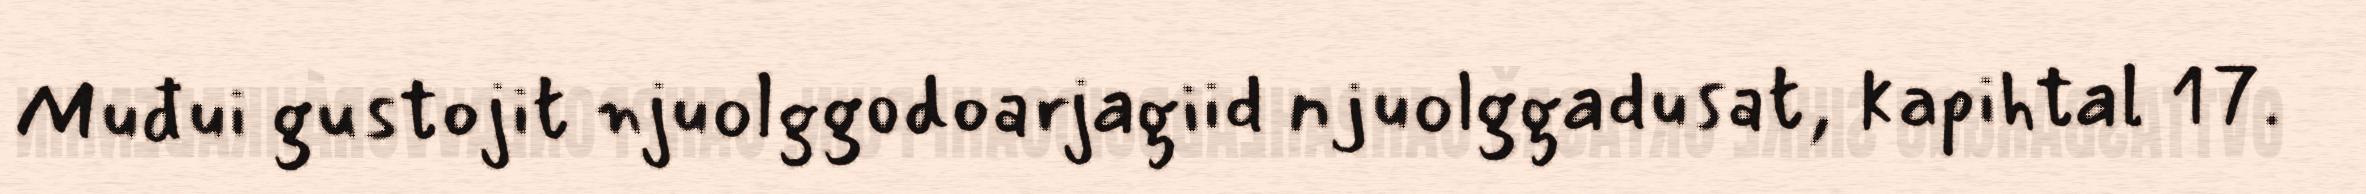
Muđui gustojit njuolggodoarjagiid njuolggadusat, kapihtal 17.